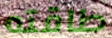
طاقته